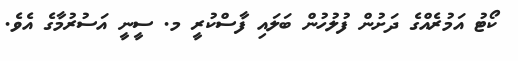
ކޯޓު އަމުރެއްގެ ދަށުން ފުލުހުން ބަލައި ފާާސްކުރީ މ. ސީނީ އަސުރުމާގެ އެވެ.